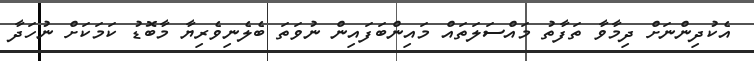
އެކުދިންނަށް ދިމާވާ ތަފާތު މައްސަލަތައް މައިންބަފައިން ނުވަތަ ބެލެނިވެރިޔާ މާބޮޑު ކަމަކަށް ނުހަދާ